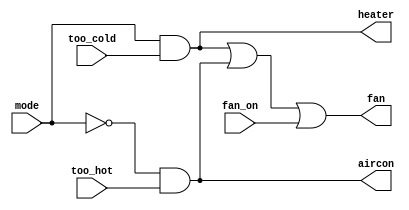
module top_module (
    input too_cold,
    input too_hot,
    input mode,
    input fan_on,
    output heater,
    output aircon,
    output fan
);
    wire w_heater, w_aircon;
    assign w_heater = mode & too_cold;
    assign w_aircon = ~mode & too_hot;
    assign heater = w_heater;
    assign aircon = w_aircon;
    assign fan = w_heater | w_aircon | fan_on;
endmodule